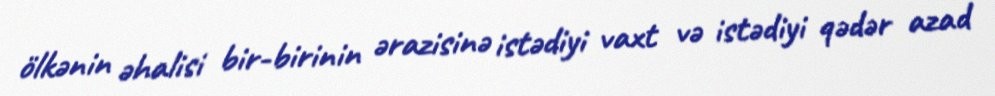
ölkənin əhalisi bir-birinin ərazisinə istədiyi vaxt və istədiyi qədər azad